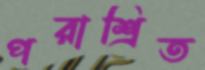
পরাশ্রিত